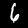
Digit: 6